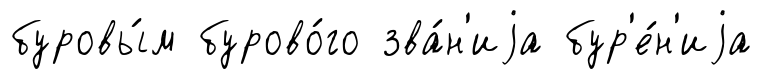
буровы́м бурово́го зва́н'иjа бур'е́н'иjа